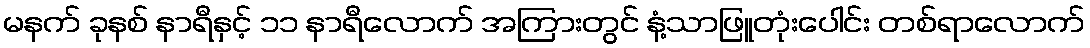
မနက် ခုနစ် နာရီနှင့် ၁၁ နာရီလောက် အကြားတွင် နံ့သာဖြူတုံးပေါင်း တစ်ရာလောက်